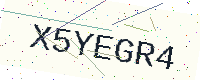
Text: X5YEGR4